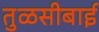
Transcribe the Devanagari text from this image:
तुळसीबाई